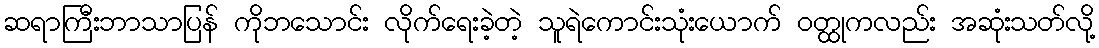
ဆရာကြီးဘာသာပြန် ကိုဘသောင်း လိုက်ရေးခဲ့တဲ့ သူရဲကောင်းသုံးယောက် ဝတ္ထုကလည်း အဆုံးသတ်လို့